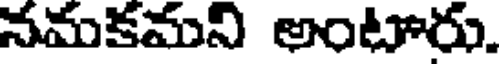
నమకమని అంటారు.